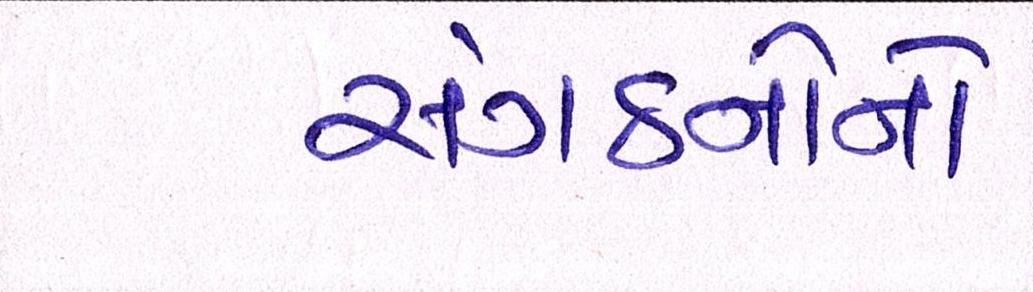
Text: સંગઠનોનો